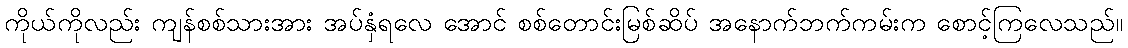
ကိုယ်ကိုလည်း ကျန်စစ်သားအား အပ်နှံရလေ အောင် စစ်တောင်းမြစ်ဆိပ် အနောက်ဘက်ကမ်းက စောင့်ကြလေသည်။